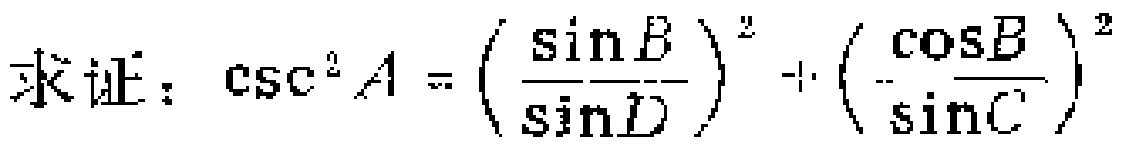
求证：\(\csc^{2}A = \left(\frac{\sin B}{\sin D}\right)^{2}+\left(\frac{\cos B}{\sin C}\right)^{2}\)